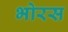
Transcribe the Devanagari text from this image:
भोरस